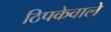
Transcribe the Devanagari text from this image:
ठिपकेवाले